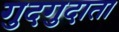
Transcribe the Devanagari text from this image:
गुदगुदाता